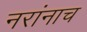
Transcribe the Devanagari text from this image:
नरांनाच